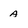
Character: a